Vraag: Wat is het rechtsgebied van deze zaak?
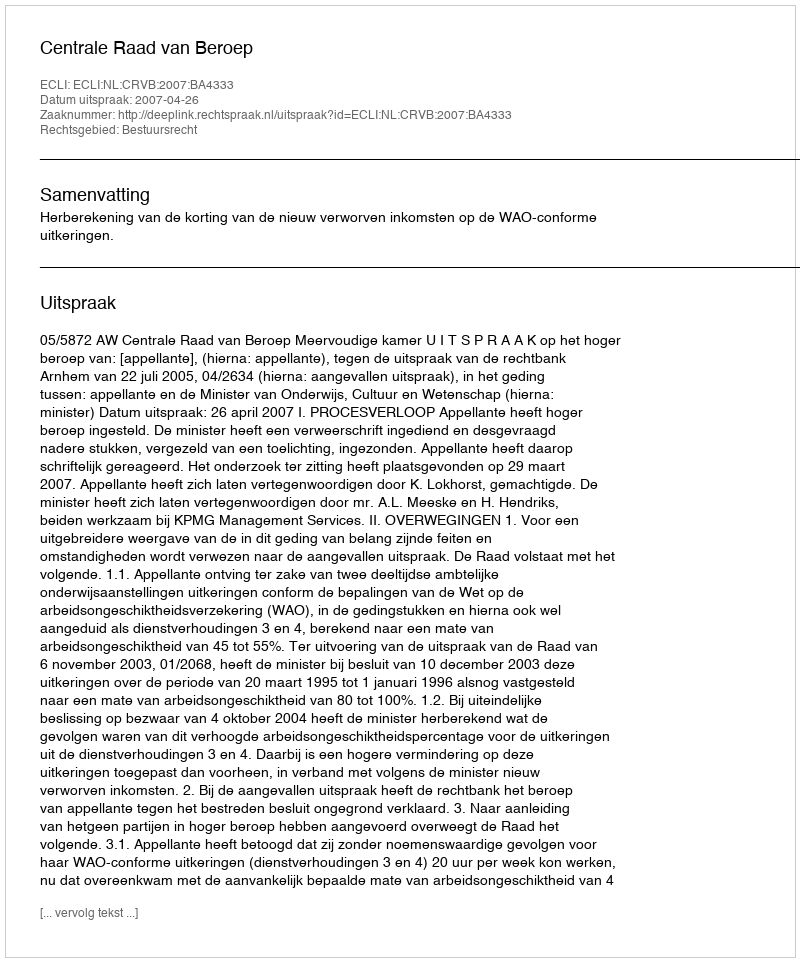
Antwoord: Bestuursrecht